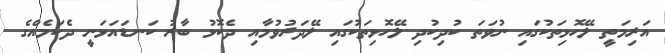
އަރިމަތީ ލޭހޮޅިތަކުގައި ނުވަތަ ކުދިކުދި ލޭހޮޅިތަކުގައި ލޭދަރުވުމާއި ދެކޮޅު ބާރު ކަނޑައަޅަނީ ދެކަމެއްގެ